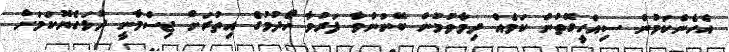
އެހެންކަމުން ސިއްހީގޮތުން ކަމެއް ދިމާވުމުން ބޭނުންވާ ފަރުވާ ހޯދުމުގެ އިތުރަށް ޖިސްމާނީ ދުޅަހެޔޮކަމަށް